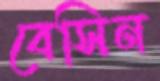
বেসিন